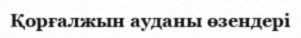
Қорғалжын ауданы өзендері